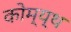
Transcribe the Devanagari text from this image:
कोम्य्थ